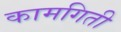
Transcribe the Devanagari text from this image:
कामगिती